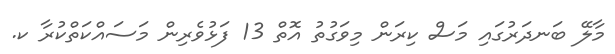
މާލޭ ބަނދަރުގައި މަސް ކިރަން މިވަގުތު އޮތް 13 ފަޅުވެރިން މަސައްކަތްކުރާ ކ.